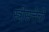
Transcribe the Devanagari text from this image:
स्त्रीसत्तेची